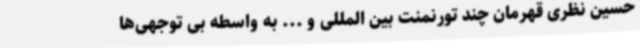
حسین نظری قهرمان چند تورنمنت بین المللی و ... به واسطه بی توجهی‌ها